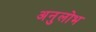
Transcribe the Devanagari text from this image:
अनुलोभ